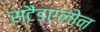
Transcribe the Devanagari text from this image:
स्टैंडएलोन